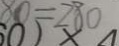
8 0 = 2 8 0